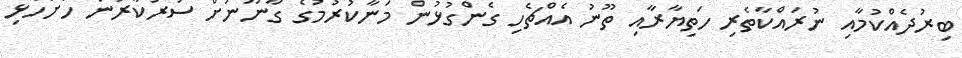
ބިރުދެއްކުމާއި ނުރައްކާތެރި ހަތިޔާރާއި ތޫނު އެެއްޗެހި ގެންގުޅުން މަނާކުރުމުގެ ގާނޫނަަށް ސަރުކާރުން ހުށަހެޅި